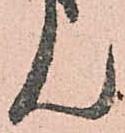
ん